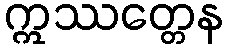
ဣဿတ္တေန